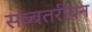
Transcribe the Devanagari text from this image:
सब्बतरीयन